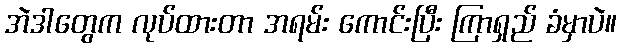
အဲဒါတွေက လုပ်ထားတာ အရမ်း ကောင်းပြီး ကြာရှည် ခံမှာပဲ။